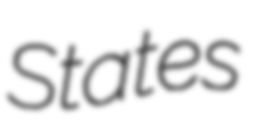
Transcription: States